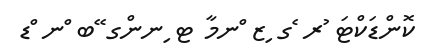
ކޮންޑަކްޓަ ުރ ެގ ިޒ ްނމާާ ޓ ިނންގ ޭބ ްނ ްޑ